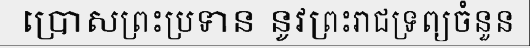
ប្រោសព្រះប្រទាន នូវព្រះរាជទ្រព្យចំនួន